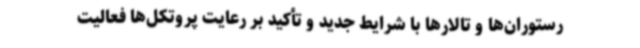
رستوران‌ها و تالارها با شرایط جدید و تأکید بر رعایت پروتکل‌ها فعالیت